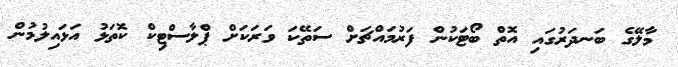
މާލޭގެ ބަނދަރުގައި އޮތް ބޯޓަކުން ފަރުމައްޗަށް ސަތޭކަ ވަރަކަށް ޕްލާސްޓިކް ކޮތަޅު އަޅައިލުމުން